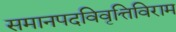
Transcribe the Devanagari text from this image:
समानपदविवृत्तिविराम